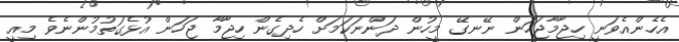
އެހެންއެވަނީ ހިޖާމާޖަހަން ނޭނގޭ މީހުން ދަންނަކަމަށް ހެދިގެން ހިޖާމާ ޖަހަން އުޅެގަތުމުންނެވެ މިއީ